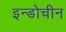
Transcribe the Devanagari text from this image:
इन्डोचीन